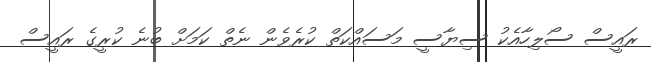
ރައީސް ސޯލިހާއެކު ސިޔާސީ މަސައްކަތް ކުރެވެން ނެތް ކަމަށް ބުނެ ކުރީގެ ރައީސް